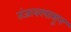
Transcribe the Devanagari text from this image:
तंजावरपासून